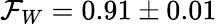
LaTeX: \mathcal{F}_{W}=0.91\pm 0.01